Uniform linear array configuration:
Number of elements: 24
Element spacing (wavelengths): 0.5
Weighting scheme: blackman
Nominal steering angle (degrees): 45
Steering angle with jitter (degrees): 44.915
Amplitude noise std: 0.05
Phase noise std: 0.05

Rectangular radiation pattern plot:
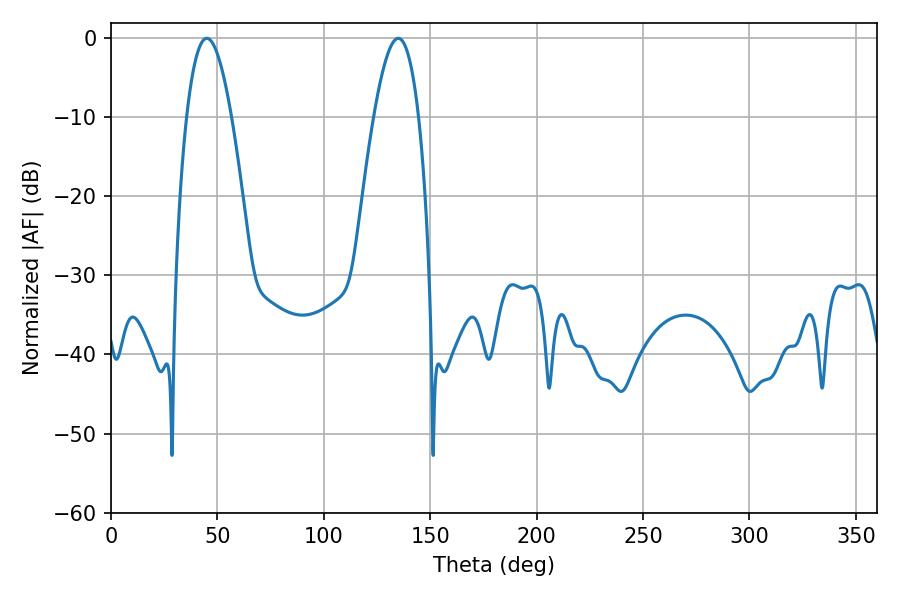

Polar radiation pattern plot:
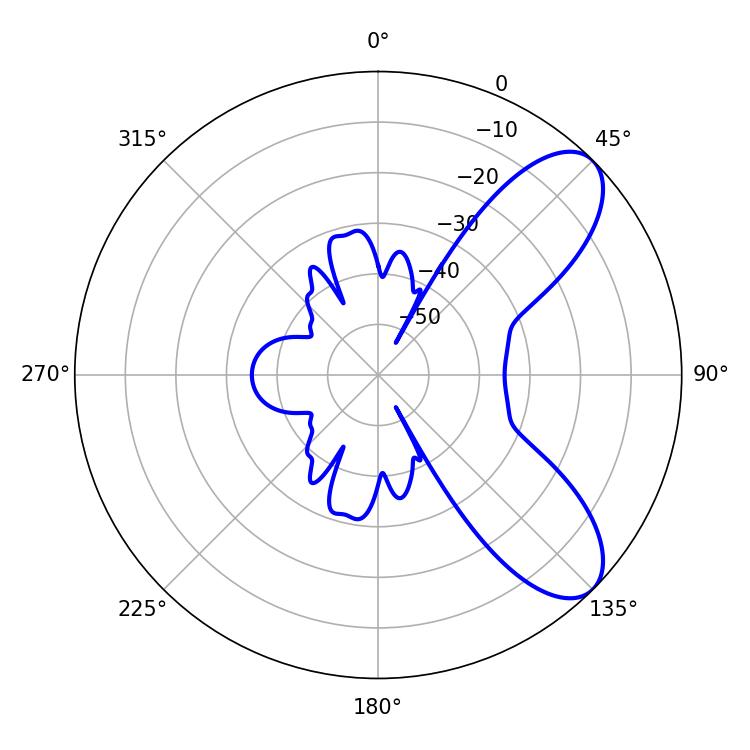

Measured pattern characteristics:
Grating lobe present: FALSE
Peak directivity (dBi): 8.112
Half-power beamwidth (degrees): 11.52
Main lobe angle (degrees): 45